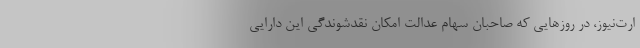
ارت‌نیوز، در روزهایی که صاحبان سهام عدالت امکان نقدشوندگی این دارایی